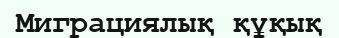
Миграциялық құқық